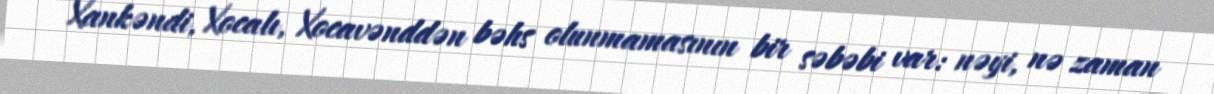
Xankəndi, Xocalı, Xocavənddən bəhs olunmamasının bir səbəbi var: nəyi, nə zaman